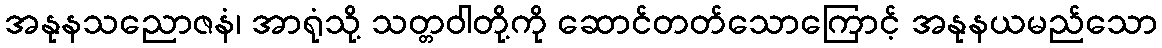
အနုနသညောဇနံ၊ အာရုံသို့ သတ္တဝါတို့ကို ဆောင်တတ်သောကြောင့် အနုနယမည်သော